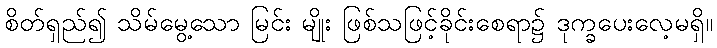
စိတ်ရှည်၍ သိမ်မွေ့သော မြင်း မျိုး ဖြစ်သဖြင့်ခိုင်းစေရာ၌ ဒုက္ခပေးလေ့မရှိ။